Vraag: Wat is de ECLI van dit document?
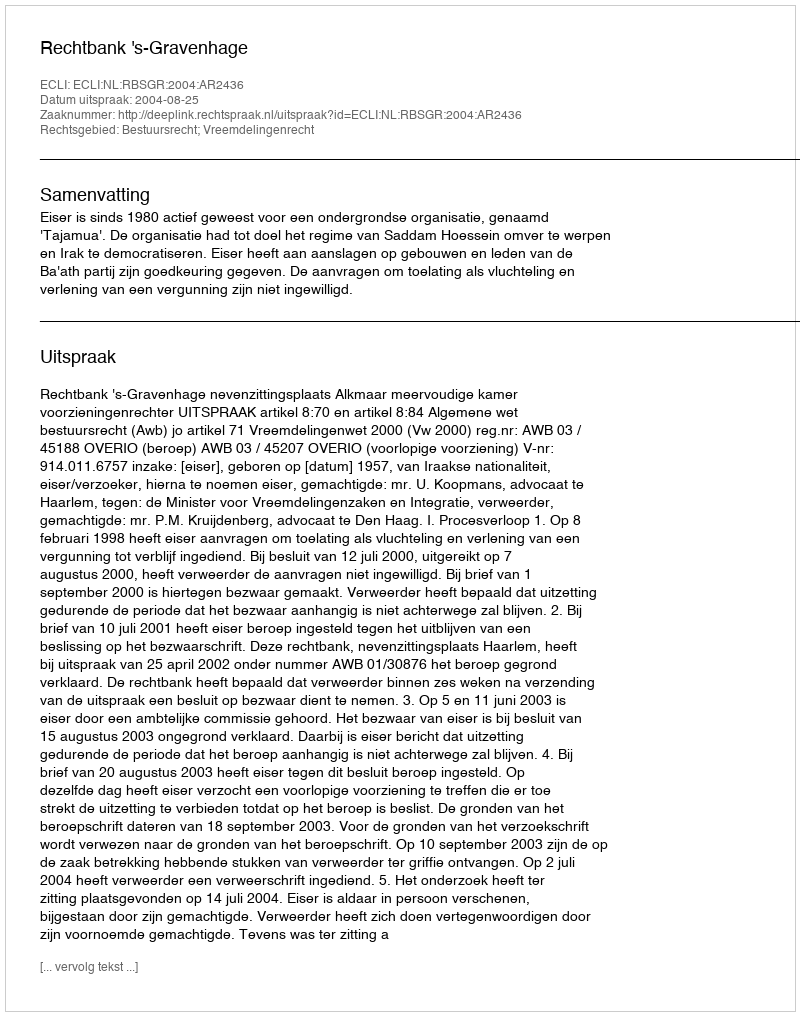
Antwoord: ECLI:NL:RBSGR:2004:AR2436